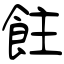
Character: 飳